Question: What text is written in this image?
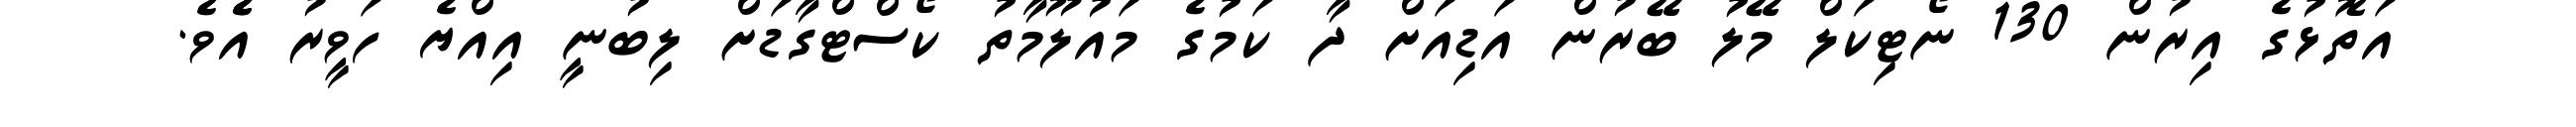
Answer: އަތޮޅުގެ އިރުން 130 ނޯޓިކަލް މޭލު ބޭރުން އަޑިއަށް ދާ ކަމުގެ މައުލޫމާތު ކޯސްޓްގާޑަށް ލިބުނީ އިއްޔެ ހަވީރު އެެވެ.